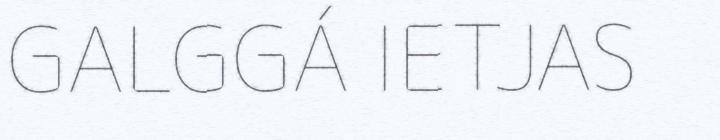
GALGGÁ IETJAS